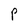
Character: P